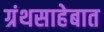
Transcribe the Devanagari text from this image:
ग्रंथसाहेबात